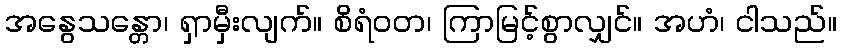
အနွေသန္တော၊ ရှာမှီးလျက်။ စိရံဝတ၊ ကြာမြင့်စွာလျှင်။ အဟံ၊ ငါသည်။